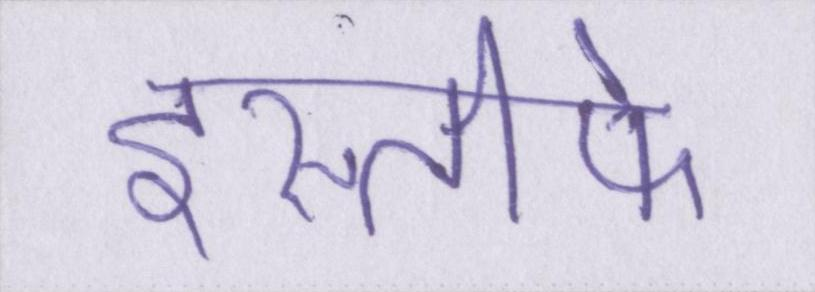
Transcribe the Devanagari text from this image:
इस्तीफे